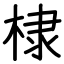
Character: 棣